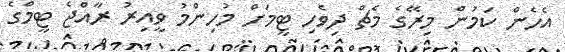
އެހެން ކަމުން މިރޭގެ މެޗް ދިވެހި ޓީމަށް މުހިންމު ވީއިރު ރާއްޖެ ޓީމްގެ